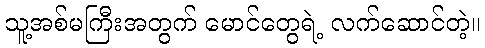
သူ့အစ်မကြီးအတွက် မောင်တွေရဲ့ လက်ဆောင်တဲ့။